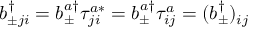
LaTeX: b _ { \pm j i } ^ { \dagger } = b _ { \pm } ^ { a \dagger } \tau _ { j i } ^ { a * } = b _ { \pm } ^ { a \dagger } \tau _ { i j } ^ { a } = ( b _ { \pm } ^ { \dagger } ) _ { i j }